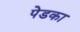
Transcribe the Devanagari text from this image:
पेडका